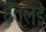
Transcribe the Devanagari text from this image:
हतलई